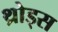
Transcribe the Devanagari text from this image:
थ्रोड्स